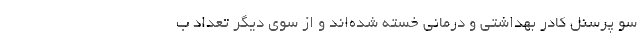
سو پرسنل کادر بهداشتی و درمانی خسته شده‌اند و از سوی دیگر تعداد ب